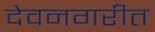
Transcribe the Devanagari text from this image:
देवनगरीत